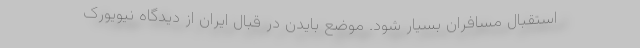
استقبال مسافران بسیار شود. موضع بایدن در قبال ایران از دیدگاه نیویورک